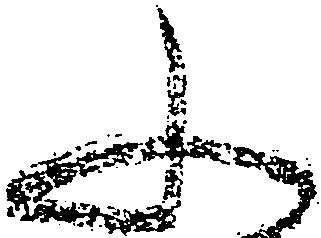
ふ